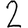
Digit: 2